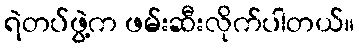
ရဲတပ်ဖွဲ့က ဖမ်းဆီးလိုက်ပါတယ်။